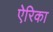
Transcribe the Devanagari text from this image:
ऐरिका